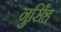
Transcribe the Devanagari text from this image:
नुर्सिंह